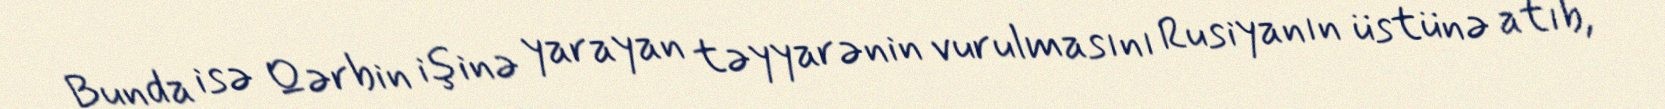
Bunda isə Qərbin işinə yarayan təyyarənin vurulmasını Rusiyanın üstünə atıb,